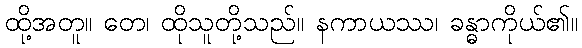
ထို့အတူ။ တေ၊ ထိုသူတို့သည်။ နကာယဿ၊ ခန္ဓာကိုယ်၏။